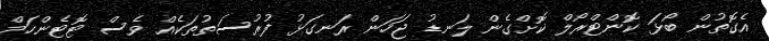
އެގޮތުން ބޯޅަ ކޮންޓްރޯލް ކޮށްގެން ލަނޑު ޖަހަން ރަނގަޅު ފުރުސަތުތަކެއް ވެސް ޓޮޓެންހަމް